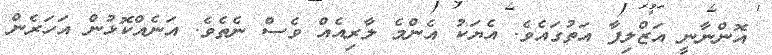
އޮންނާނީ އަޒްލިފާ އަތުގައެވެ. އެޔަކު އެންމެ ލާރިއެއް ވެސް ނެތެވެ. އަނެއްކޮޅުން އަހަރެން